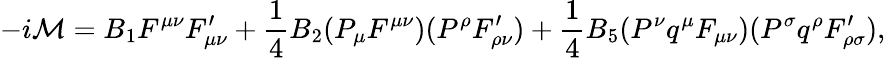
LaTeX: -i{\cal M}=B_{1}F^{\mu\nu}F_{\mu\nu}^{\prime}+\frac{1}{4}B_{2}(P_{\mu}F^{\mu\nu})(P^{\rho}F_{\rho\nu}^{\prime})+\frac{1}{4}B_{5}(P^{\nu}q^{\mu}F_{\mu\nu})(P^{\sigma}q^{\rho}F_{\rho\sigma}^{\prime}),